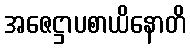
အဇေဋ္ဌာပစာယိနောတိ